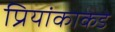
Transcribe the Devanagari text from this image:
प्रियांकाकडे